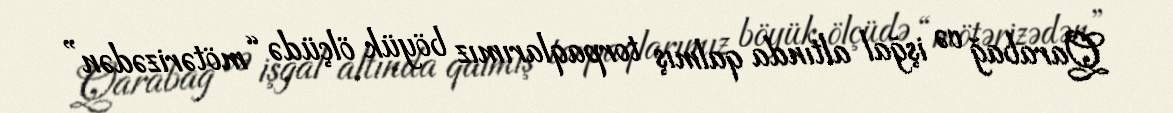
Qarabağ və işğal altında qalmış torpaqlarımız böyük ölçüdə “mötərizədən”